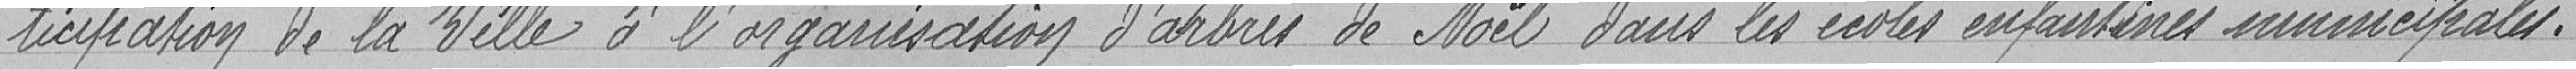
ticipation de la Ville à l'organisation d'arbres de Noël dans les écoles enfantines municipales.